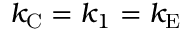
k _ { \mathrm { { C } } } = k _ { 1 } = k _ { \mathrm { { E } } }